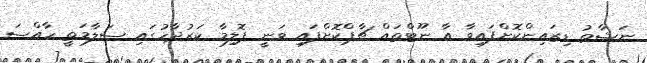
ނަޝާތު ޑިޒައިންކޮށްފައިވާ އާ ނޫޓްތައް ޗާޕްކޮށްފައި ވަނީ ޕޮލިމާ ކަރުދާހުގައި ސަލާމަތީ ހާއްސަ